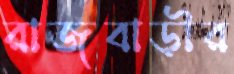
রাজবাড়ীর